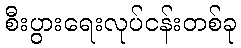
စီးပွားရေးလုပ်ငန်းတစ်ခု